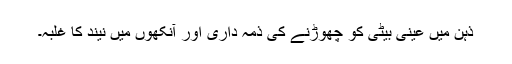
ذہن میں عینی بیٹی کو چھوڑنے کی ذمہ داری اور آنکھوں میں نیند کا غلبہ۔